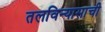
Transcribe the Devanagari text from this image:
तलविन्यासाची